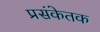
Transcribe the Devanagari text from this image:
प्रसंकेतक